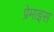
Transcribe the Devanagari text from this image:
प्रेमाइस